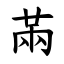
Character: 㒼